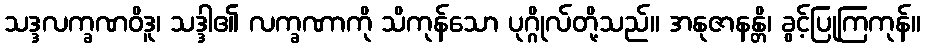
သဒ္ဒလက္ခဏဝိဒူ၊ သဒ္ဒါ၏ လက္ခဏာကို သိကုန်သော ပုဂ္ဂိုလ်တို့သည်။ အနုဇာနန္တိ၊ ခွင့်ပြုကြကုန်။